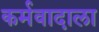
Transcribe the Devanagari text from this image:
कर्मवादाला